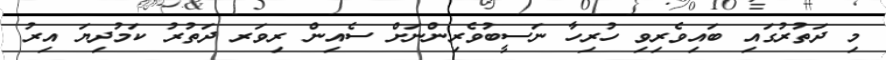
މި ދަތުރުގައި ބައިވެރިވި ހުރިހާ ނަސީބުވެރިންނަށް ސެއިން ރިވަރ ދަތުރު ކަމުދިޔަ އިރު